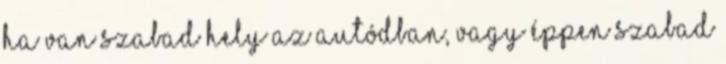
ha van szabad hely az autódban, vagy éppen szabad